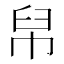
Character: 帠